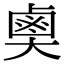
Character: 𪉗